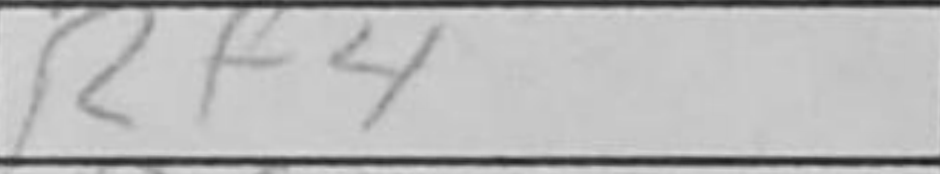
Transcription: Rf4